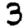
Digit: 3